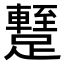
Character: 𨆧